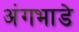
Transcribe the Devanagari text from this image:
अंगभाडे